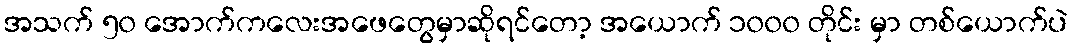
အသက် ၅၀ အောက်ကလေးအဖေတွေမှာဆိုရင်တော့ အယောက် ၁၀၀၀ တိုင်း မှာ တစ်ယောက်ပဲ